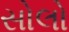
સોલો